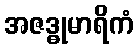
အဇဒ္ဓုမာရိကံ